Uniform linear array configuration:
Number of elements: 64
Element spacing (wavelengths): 0.75
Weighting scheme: hamming
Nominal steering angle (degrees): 30
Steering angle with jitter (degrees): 31.398
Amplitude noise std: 0.05
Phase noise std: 0.05

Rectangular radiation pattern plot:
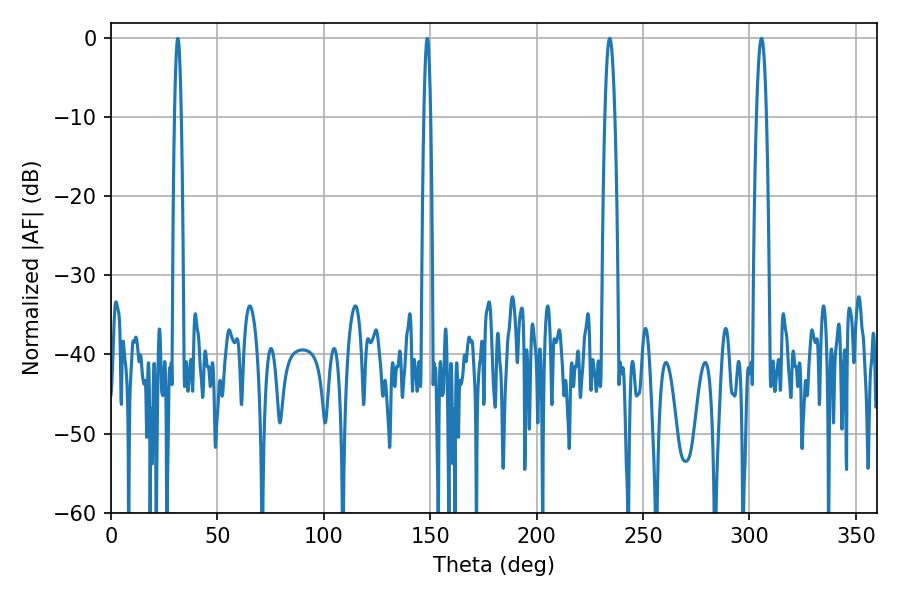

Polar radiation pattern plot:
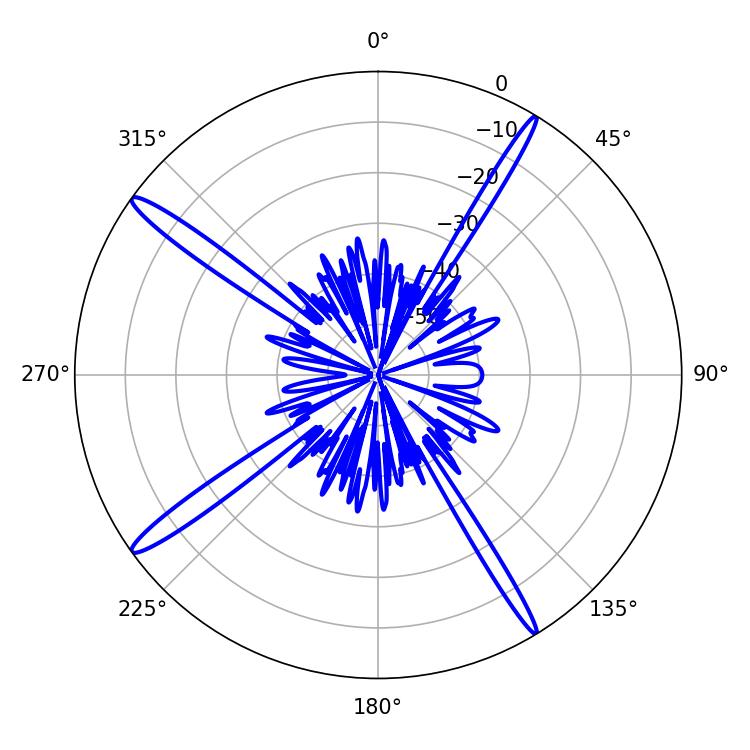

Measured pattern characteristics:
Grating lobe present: TRUE
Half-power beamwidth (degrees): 2.52
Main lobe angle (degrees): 305.64